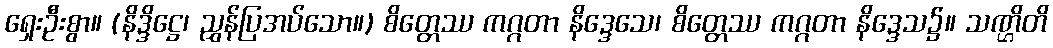
ရှေးဦးစွာ။ (နိဒ္ဒိဋ္ဌေ၊ ညွှန်ပြအပ်သော။) စိတ္တေဿ ကဂ္ဂတာ နိဒ္ဒေသေ၊ စိတ္တေဿ ကဂ္ဂတာ နိဒ္ဒေသ၌။ သဏ္ဌိတိ